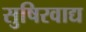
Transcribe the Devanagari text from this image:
सुषिरवाद्य